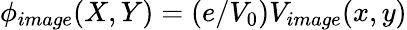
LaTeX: \phi_(X,Y)=(e/V_{0})V_(x,y)